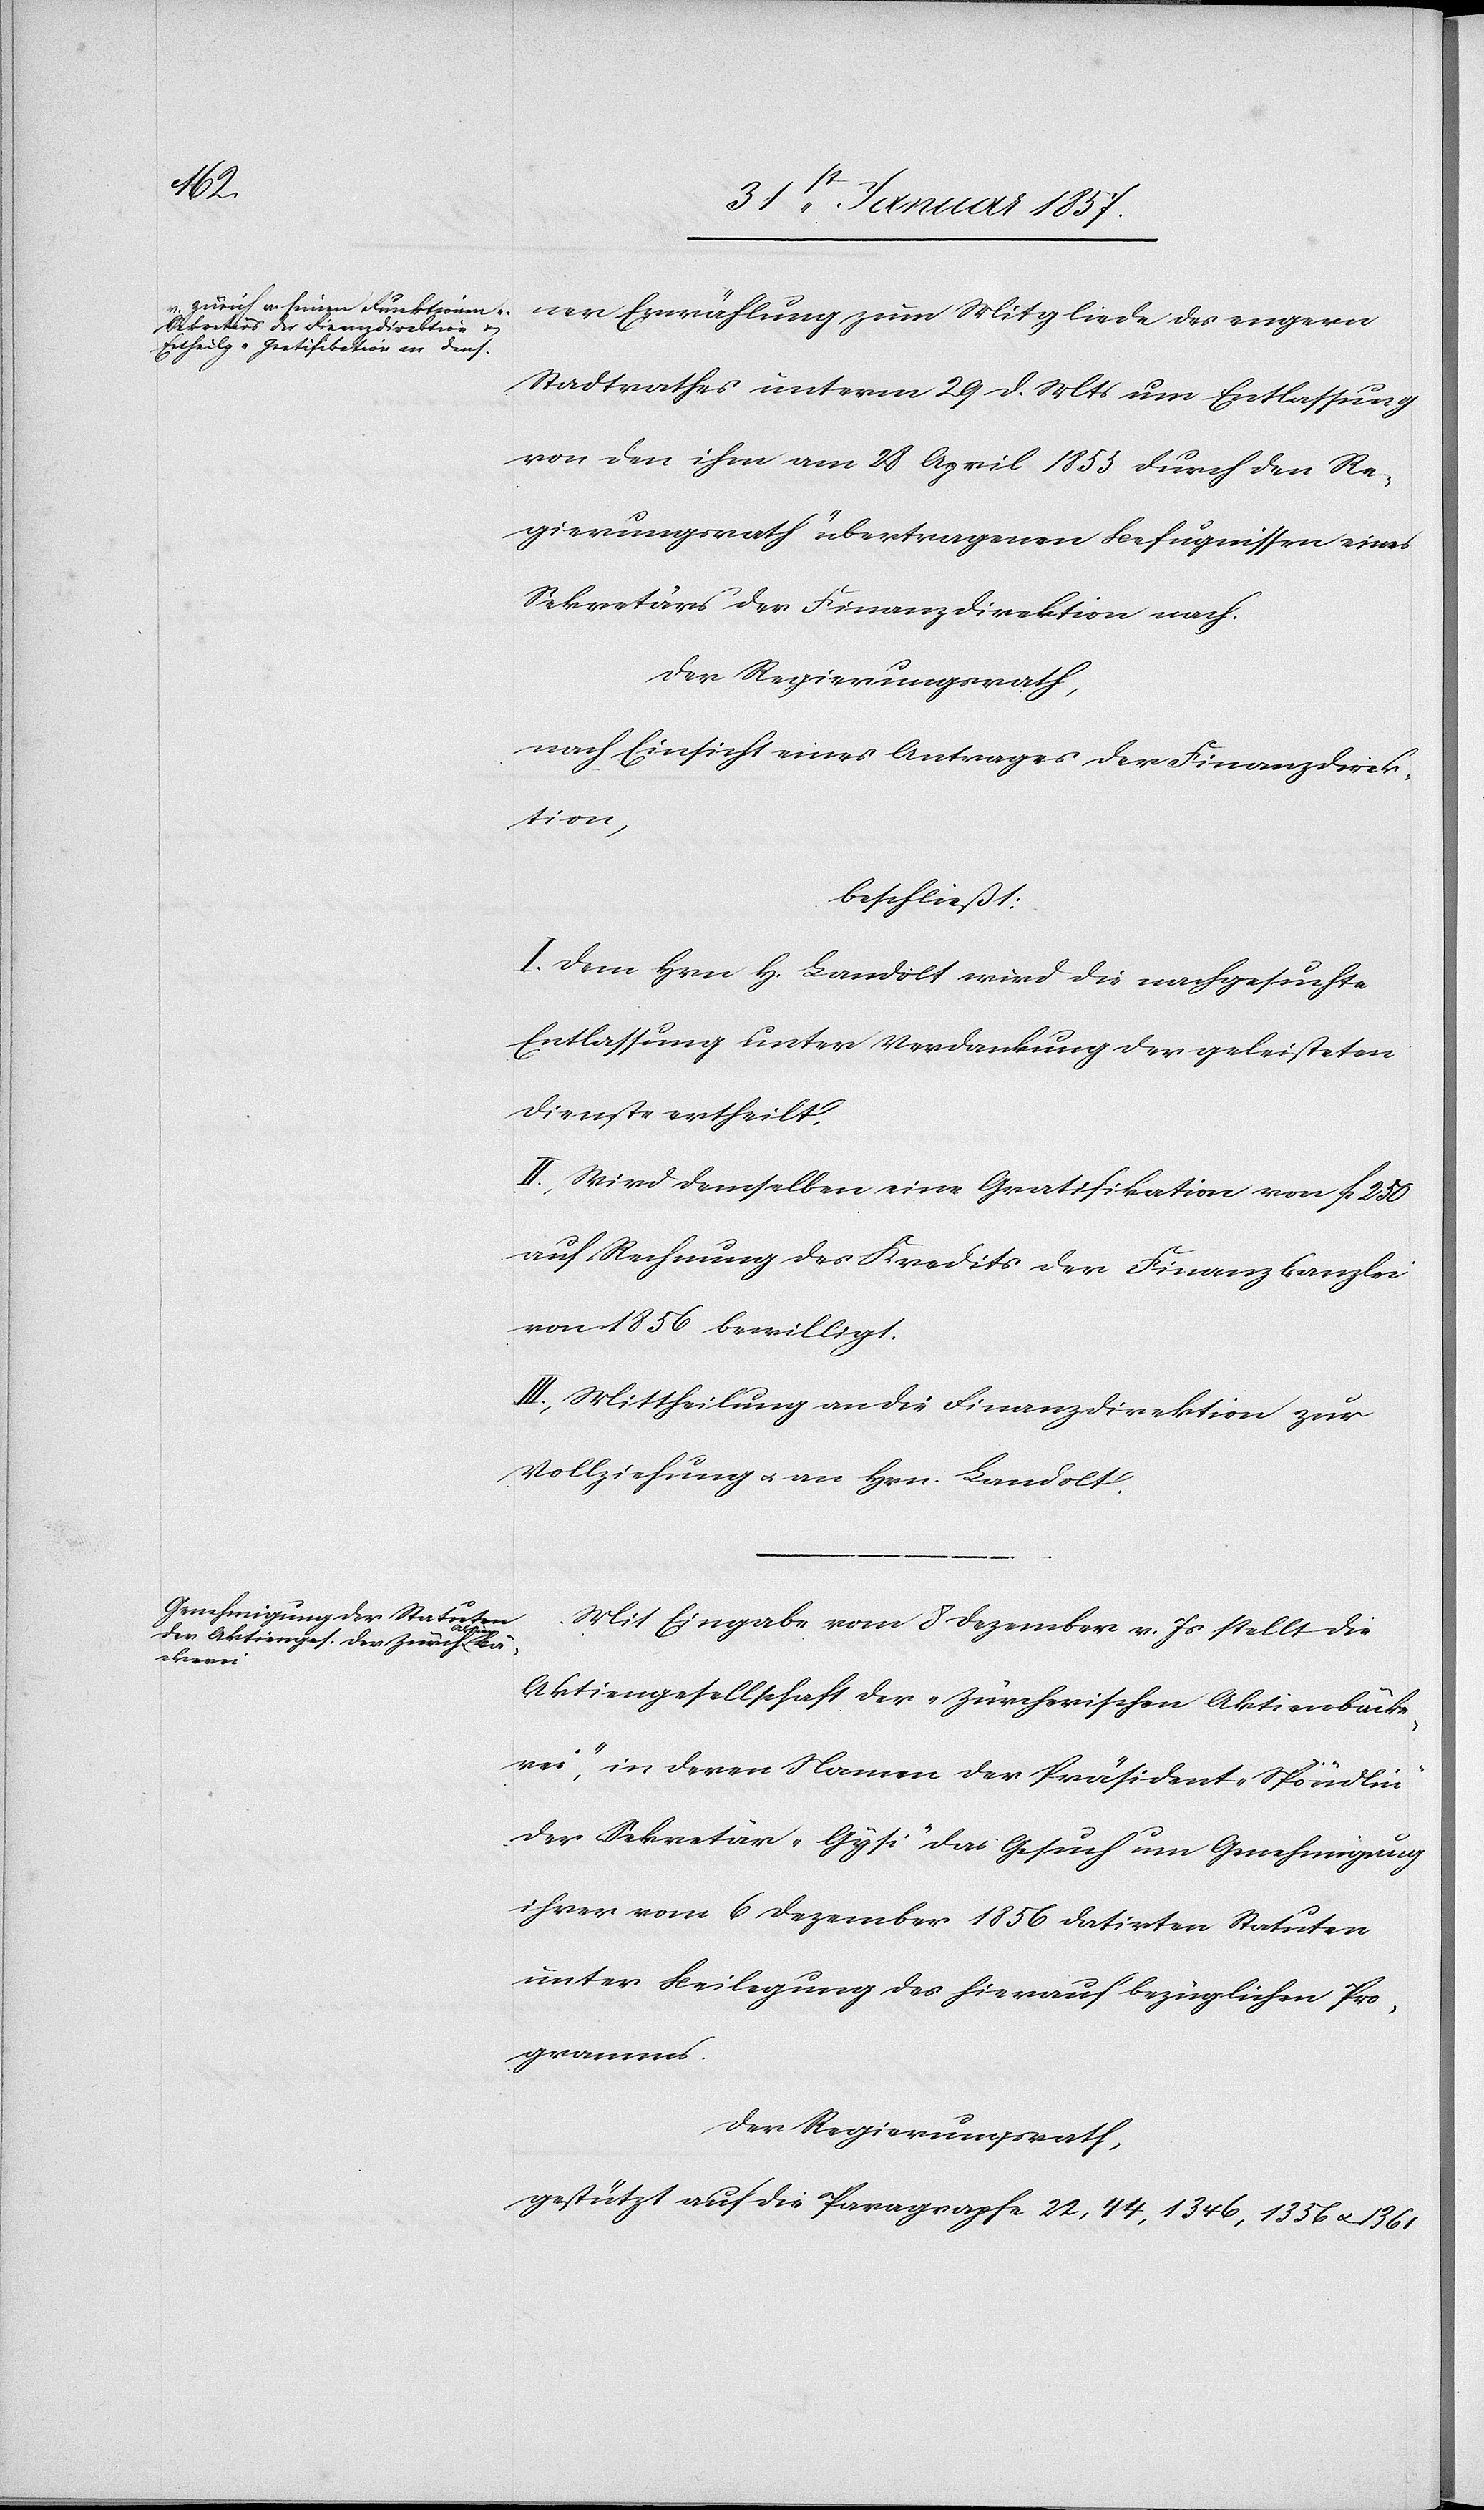
ner Erwählung zum Mitgliede des engern
Stadtrathes unterm 29 d. Mts um Entlassung
von den ihm am 28 April 1855 durch den Re¬
gierungsrath übertragenen Befugnissen eines
Sekretärs der Finanzdirektion nach.
Der Regierungsrath,
nach Einsicht eines Antrages der Finanzdirek¬
tion,
beschließt:
I. Dem Hrn H. Landolt wird die nachgesuchte
Entlassung unter Verdankung der geleisteten
Dienste ertheilt.
II. Wird demselben eine Gratifikation von fr 250
auf Rechnung des Kredites der Finanzkanzlei
von 1856 bewilligt.
III. Mittheilung an die Finanzdirektion zur
Vollziehung u. an Hrn. Landolt.
Mit Eingabe vom 8 Dezember v. Js stellt die
Aktiengesellschaft der „Zürcherischen Aktienbäcke¬
rei“, in deren Namen der Präsident „Spöndli“
der Sekretär „Gysi“ das Gesuch um Genehmigung
ihrer vom 6 Dezember 1856 datirten Statuten
unter Beilegung des hierauf bezüglichen Pro¬
gramms.
Der Regierungsrath,
gestützt auf die Paragraphe 22, 44, 1346,1356 u.1361